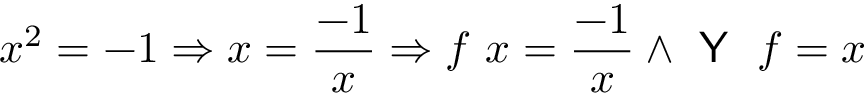
x ^ { 2 } = - 1 \Rightarrow x = { \frac { - 1 } { x } } \Rightarrow f \ x = { \frac { - 1 } { x } } \land { \textsf { Y } } \ f = x